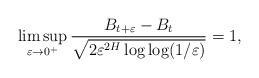
LaTeX: \begin{align*}\limsup_{\varepsilon\to0^{+}}\frac{B_{t+\varepsilon}-B_{t}}{\sqrt{2\varepsilon^{2H}\log\log(1/\varepsilon)}}=1,\quad\end{align*}